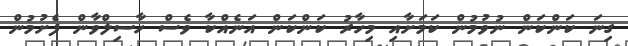
ގިނަ ކަންކަން ނުވުމުން ކަމަށާއި މިހާރު ކަންކަން އަނެއްކާ ވެސް ހާސިލްވާން ފެށުމުން